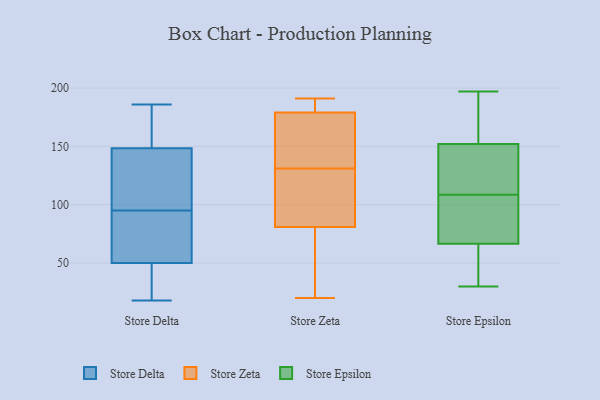
{"axis": {"x": "Inventory Turnover", "y": "Value"}, "legend": ["Store Delta", "Store Epsilon", "Store Zeta"], "data": [{"x": "", "y": 146, "type": "Store Delta"}, {"x": "", "y": 55, "type": "Store Delta"}, {"x": "", "y": 18, "type": "Store Delta"}, {"x": "", "y": 139, "type": "Store Delta"}, {"x": "", "y": 103, "type": "Store Delta"}, {"x": "", "y": 151, "type": "Store Delta"}, {"x": "", "y": 128, "type": "Store Delta"}, {"x": "", "y": 180, "type": "Store Delta"}, {"x": "", "y": 87, "type": "Store Delta"}, {"x": "", "y": 171, "type": "Store Delta"}, {"x": "", "y": 186, "type": "Store Delta"}, {"x": "", "y": 103, "type": "Store Delta"}, {"x": "", "y": 83, "type": "Store Delta"}, {"x": "", "y": 18, "type": "Store Delta"}, {"x": "", "y": 45, "type": "Store Delta"}, {"x": "", "y": 70, "type": "Store Delta"}, {"x": "", "y": 26, "type": "Store Delta"}, {"x": "", "y": 159, "type": "Store Delta"}, {"x": "", "y": 87, "type": "Store Delta"}, {"x": "", "y": 38, "type": "Store Delta"}, {"x": "", "y": 179, "type": "Store Zeta"}, {"x": "", "y": 74, "type": "Store Zeta"}, {"x": "", "y": 157, "type": "Store Zeta"}, {"x": "", "y": 191, "type": "Store Zeta"}, {"x": "", "y": 155, "type": "Store Zeta"}, {"x": "", "y": 180, "type": "Store Zeta"}, {"x": "", "y": 101, "type": "Store Zeta"}, {"x": "", "y": 81, "type": "Store Zeta"}, {"x": "", "y": 20, "type": "Store Zeta"}, {"x": "", "y": 144, "type": "Store Zeta"}, {"x": "", "y": 187, "type": "Store Zeta"}, {"x": "", "y": 54, "type": "Store Zeta"}, {"x": "", "y": 104, "type": "Store Zeta"}, {"x": "", "y": 118, "type": "Store Zeta"}, {"x": "", "y": 82, "type": "Store Epsilon"}, {"x": "", "y": 30, "type": "Store Epsilon"}, {"x": "", "y": 197, "type": "Store Epsilon"}, {"x": "", "y": 127, "type": "Store Epsilon"}, {"x": "", "y": 34, "type": "Store Epsilon"}, {"x": "", "y": 82, "type": "Store Epsilon"}, {"x": "", "y": 35, "type": "Store Epsilon"}, {"x": "", "y": 137, "type": "Store Epsilon"}, {"x": "", "y": 187, "type": "Store Epsilon"}, {"x": "", "y": 65, "type": "Store Epsilon"}, {"x": "", "y": 166, "type": "Store Epsilon"}, {"x": "", "y": 97, "type": "Store Epsilon"}, {"x": "", "y": 83, "type": "Store Epsilon"}, {"x": "", "y": 187, "type": "Store Epsilon"}, {"x": "", "y": 120, "type": "Store Epsilon"}, {"x": "", "y": 149, "type": "Store Epsilon"}, {"x": "", "y": 143, "type": "Store Epsilon"}, {"x": "", "y": 155, "type": "Store Epsilon"}, {"x": "", "y": 68, "type": "Store Epsilon"}, {"x": "", "y": 56, "type": "Store Epsilon"}]}